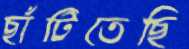
ছাঁটিতেছি